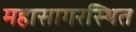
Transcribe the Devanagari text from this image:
महासागरस्थित